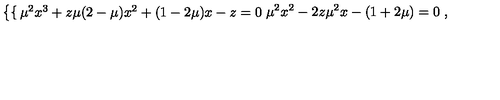
\left\{ \begin{cases} { { \mu } ^ { 2 } x ^ { 3 } + z \mu ( 2 - \mu ) x ^ { 2 } + ( 1 - 2 \mu ) x - z = 0 } \\ { { \mu } ^ { 2 } x ^ { 2 } - 2 z { \mu } ^ { 2 } x - ( 1 + 2 \mu ) = 0 } \\ \end{cases} \right. ,